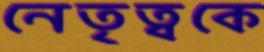
নেতৃত্বকে